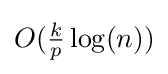
{\textstyle O({\frac {k}{p}}\log(n))}